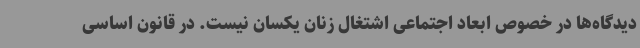
دیدگاه‌ها در خصوص ابعاد اجتماعی اشتغال زنان یکسان نیست. در قانون اساسی